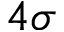
4 \sigma